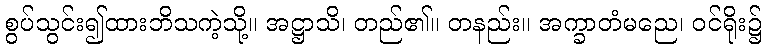
စွပ်သွင်း၍ထားဘိသကဲ့သို့။ အဋ္ဌာသိ၊ တည်၏။ တနည်း။ အက္ခာတံမညေ၊ ဝင်ရိုး၌